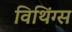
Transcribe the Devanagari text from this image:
विथिंग्स